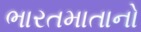
ભારતમાતાનો